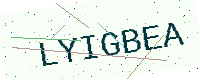
Text: LYIGBEA